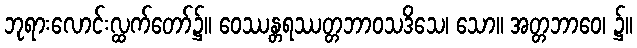
ဘုရားလောင်းလ္ထက်တော်၌။ ဝေဿန္တရဿတ္တဘာဝသဒိသေ၊ သော။ အတ္တဘာဝေ၊ ၌။